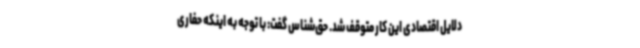
دلایل اقتصادی این کار متوقف شد. حق‌شناس گفت: با توجه به اینکه حفاری